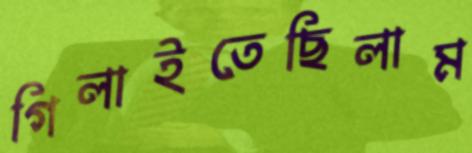
গিলাইতেছিলাম